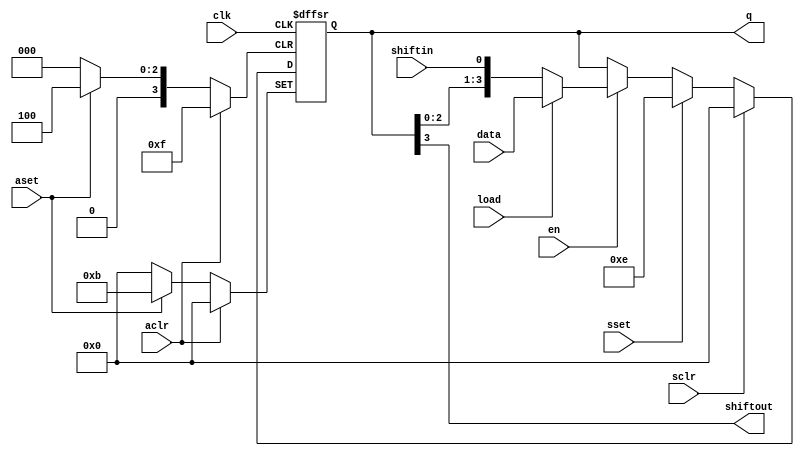
module shift(sclr,sset,shiftin,load,data,clk,en,aclr,aset,shiftout,q);
parameter LOAD_AVALUE=11;
parameter SHIFT_DIRECTION="LEFT";
parameter LOAD_SVALUE=14;
parameter SHIFT_WIDTH=4; 
input sclr,sset,shiftin,load,clk,en,aclr,aset;
input [SHIFT_WIDTH-1:0] data;
output shiftout;
output reg [SHIFT_WIDTH-1:0] q;

generate
	if(SHIFT_DIRECTION=="LEFT")begin
		always @(posedge clk or posedge aclr or posedge aset) begin
			if (aclr)
				q<= 'b0;
			else if (aset)
				q<= LOAD_AVALUE;
			else begin
				if(sclr)
					q<= 'b0;
				else if(sset)
					q<= LOAD_SVALUE;
				else if(en)begin
					if(load)
						q<=data;
					else
						q<= {q[SHIFT_WIDTH-2:0],shiftin};
				end
			end
		end
	end
else if(SHIFT_DIRECTION=="RIGHT")begin
always @(posedge clk or posedge aclr or posedge aset) begin
			if (aclr)
				q<= 'b0;
			else if (aset)
				q<= LOAD_AVALUE;
			else begin
				if(sclr)
					q<= 'b0;
				else if(sset)
					q<= LOAD_SVALUE;
				else if(en)begin
					if(load)
						q<=data;
					else
						q<= {shiftin,q[SHIFT_WIDTH-1:1]};
				end
			end
		end
	end
endgenerate
assign shiftout =q[SHIFT_WIDTH-1] ;
endmodule